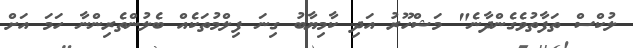
ލުކްސް ތަފާތުވެގެންދާނެ" މަޝްހޫރު އަދި ކާމިޔާބު ގިނަ ފިލްމުތަކެއް ބެލުންތެރިންނާ ހަމަ އަށް